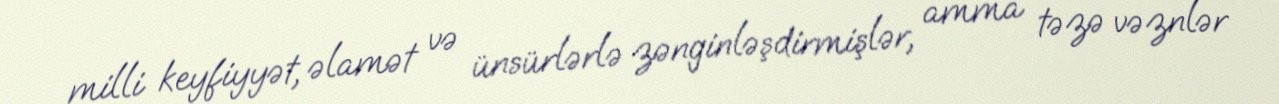
milli keyfiyyət, əlamət və ünsürlərlə zənginləşdirmişlər, amma təzə vəznlər